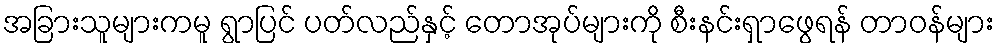
အခြားသူများကမူ ရွာပြင် ပတ်လည်နှင့် တောအုပ်များကို စီးနင်းရှာဖွေရန် တာဝန်များ